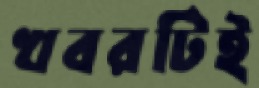
খবরটিই